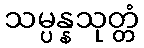
သမ္ပန္နသုတ္တံ